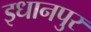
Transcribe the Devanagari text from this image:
इधानपुर